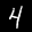
Label: 4